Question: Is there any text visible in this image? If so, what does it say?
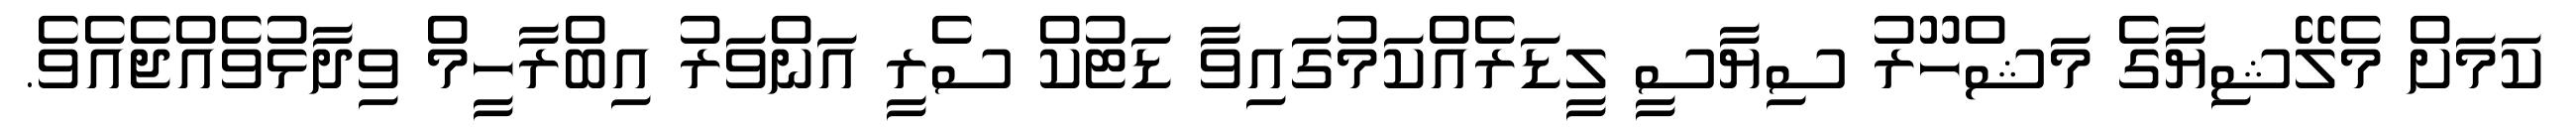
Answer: ކަމަށް މެލޭޝިޔާގެ މަޝްހޫރު ސިޔާސީ ލީޑަރެއްކަމުގައިވާ ޑަޓުކް ސެރީ އަންވަރު އިބްރާހީމް ވިދާޅުވެއްޖެއެވެ.